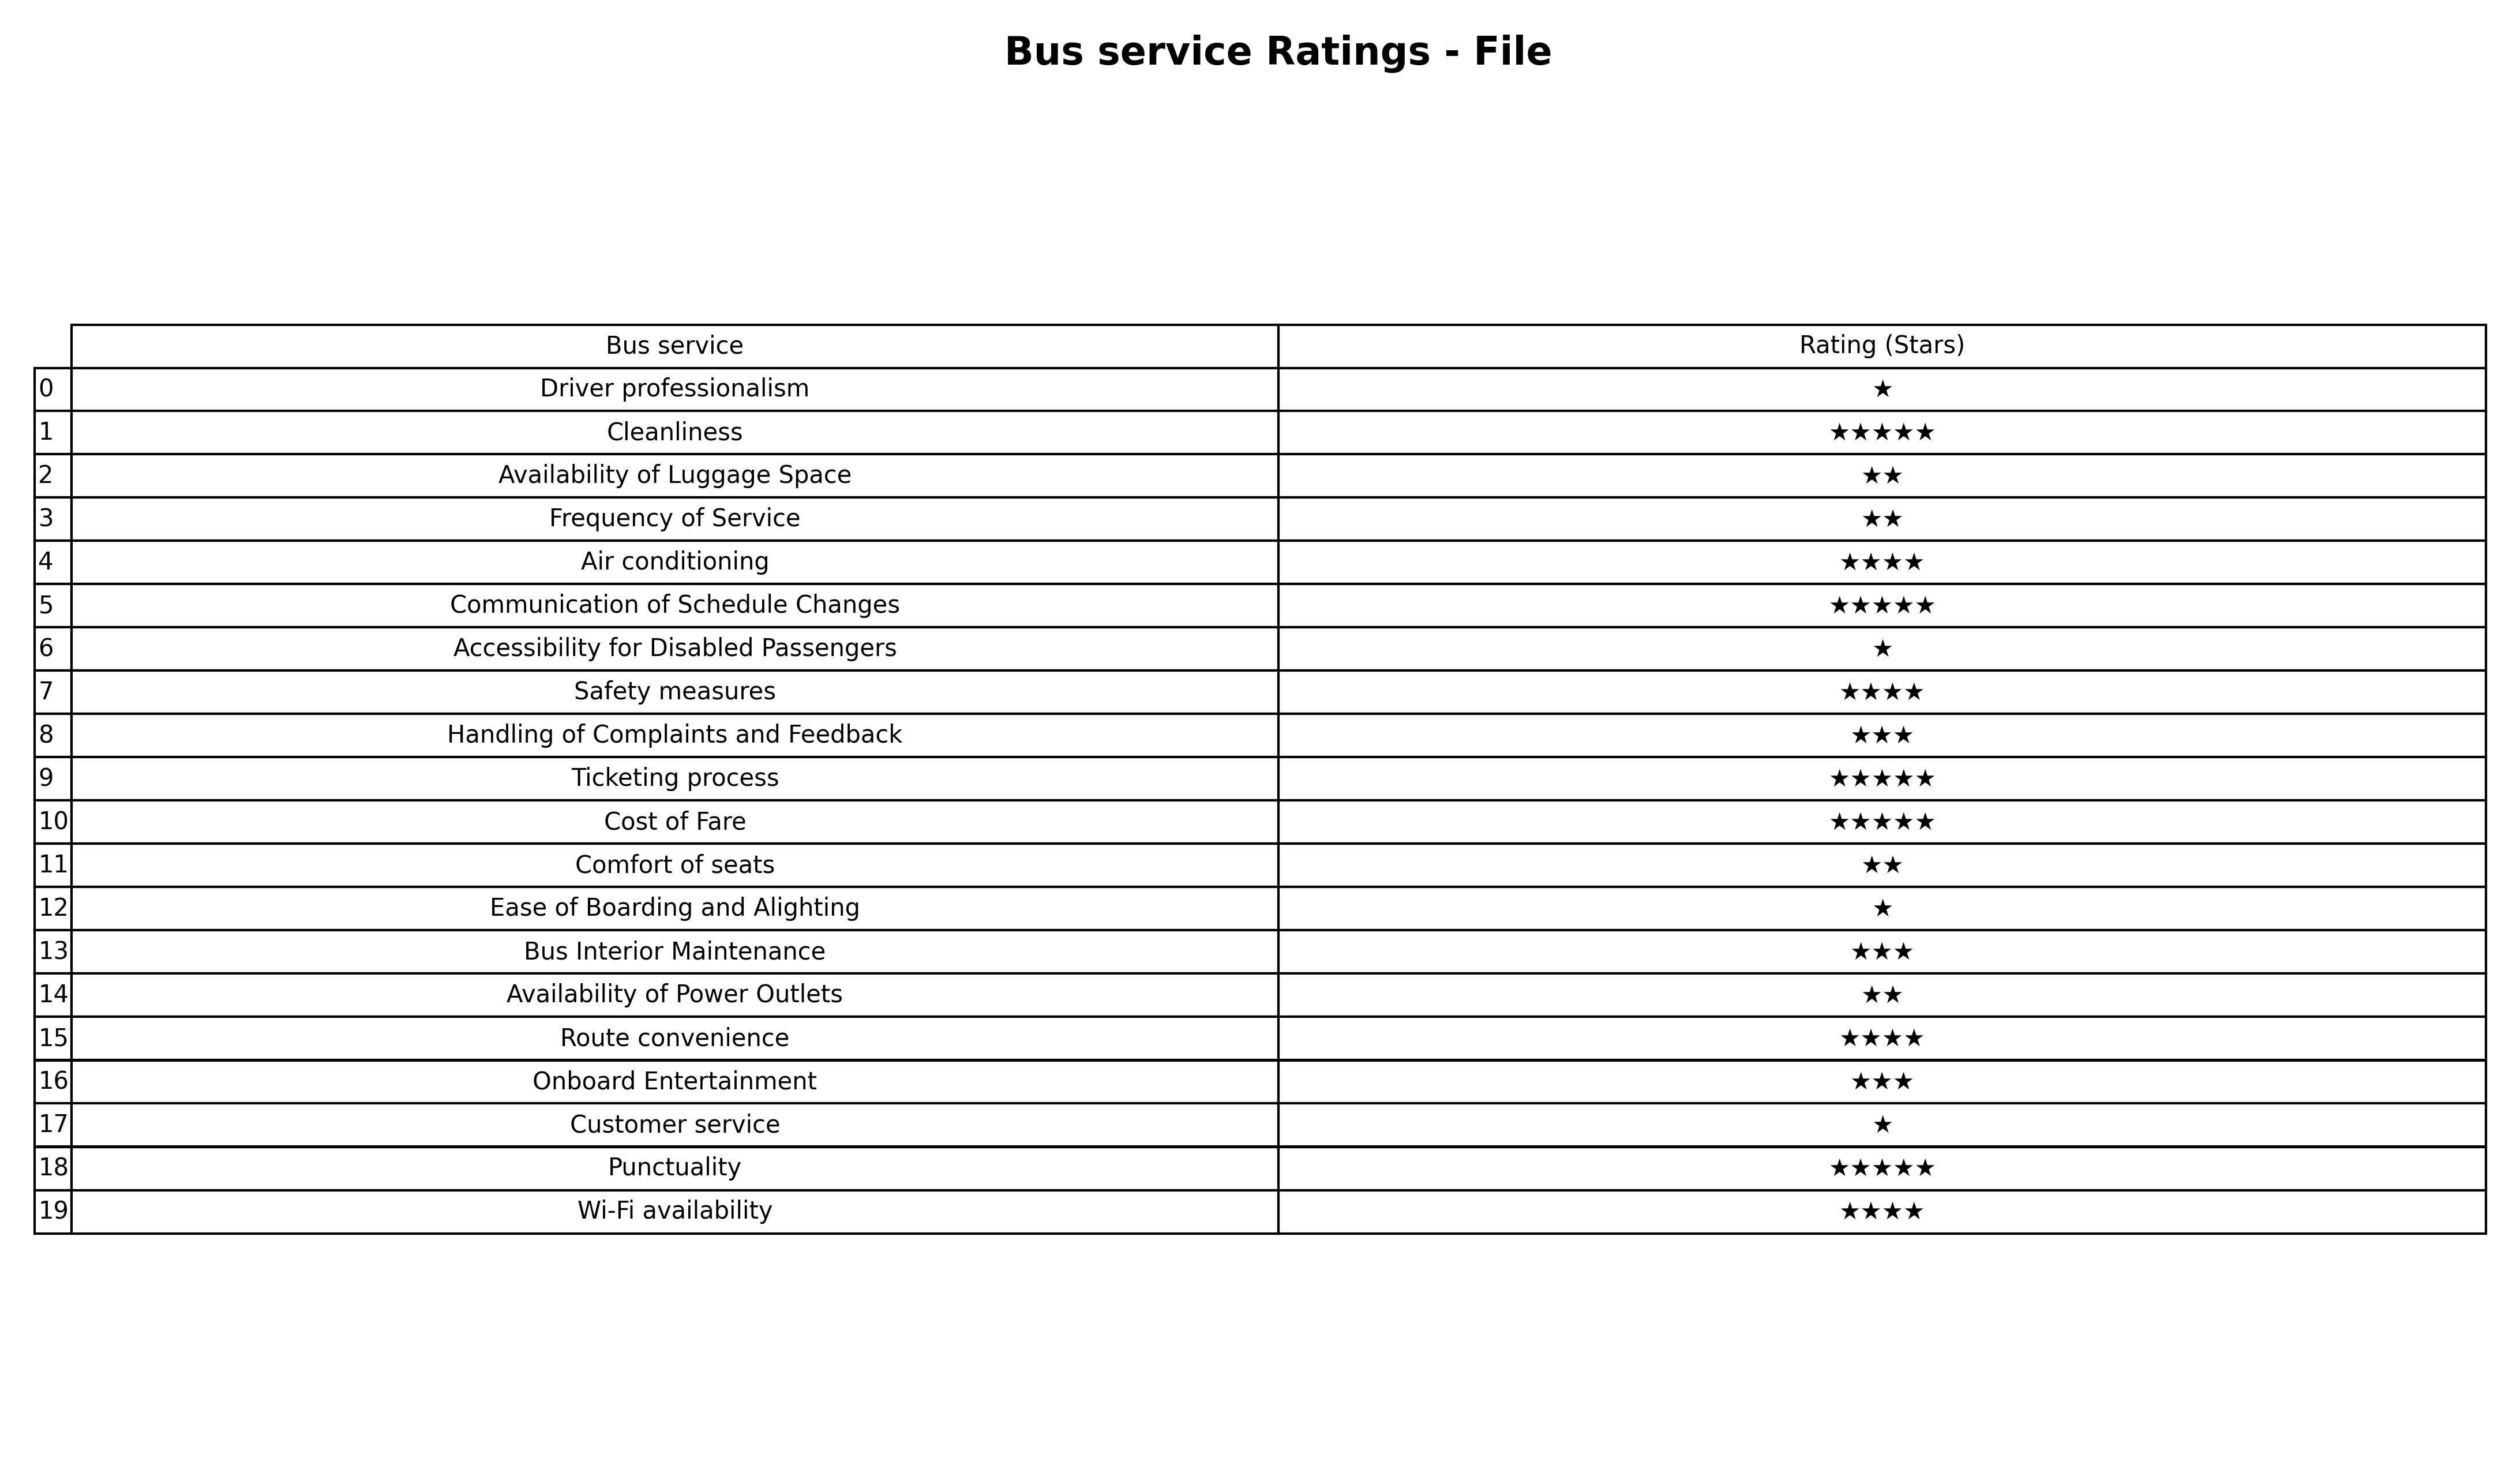
question: What is the rating of Driver professionalism?
answer: ★